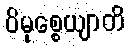
ဝိမုစ္စေယျာတိ